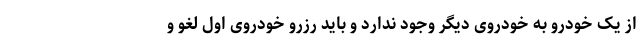
از یک خودرو به خودروی دیگر وجود ندارد و باید رزرو خودروی اول لغو و